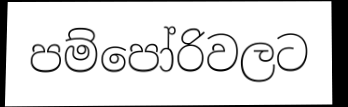
පම්පෝරිවලට